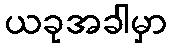
ယခုအခါမှာ